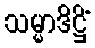
သမ္မာဒိဋ္ဌိံ